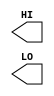
module sky130_fd_sc_hs__conb (
    //# {{data|Data Signals}}
    output HI,
    output LO
);

    // Voltage supply signals
    supply1 VPWR;
    supply0 VGND;

endmodule